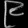
Digit: ၉